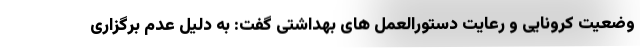
وضعیت کرونایی و رعایت دستورالعمل های بهداشتی گفت: به دلیل عدم برگزاری